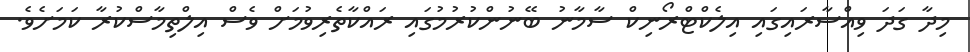
މިދާ ގަދަ ވިއްސާރައިގައި އިލެކްޓްރޯނިކް ސާމާނު ބޭނުންކުރުމުގައި ރައްކާތެރިވުމަށް ވެސް އިލްތިމާސްކުރާ ކަމަށެވެ.